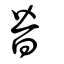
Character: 昝